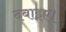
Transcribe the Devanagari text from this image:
दबाइए।